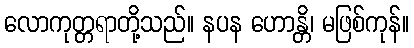
လောကုတ္တရာတို့သည်။ နပန ဟောန္တိ၊ မဖြစ်ကုန်။